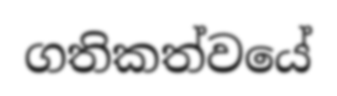
ගතිකත්වයේ